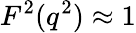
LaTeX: F^{2}(q^{2})\approx 1